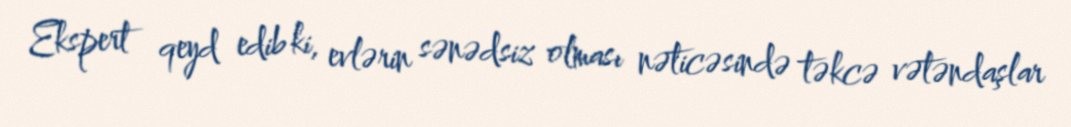
Ekspert qeyd edib ki, evlərin sənədsiz olması nəticəsində təkcə vətəndaşlar